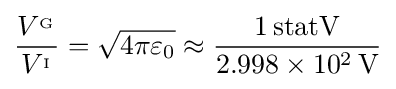
{\frac {V^{_{\mathrm {G} }}}{V^{_{\mathrm {I} }}}}={\sqrt {4\pi \varepsilon _{0}}}\approx {\frac {1\,\mathrm {statV} }{2.998\times 10^{2}\,\mathrm {V} }}